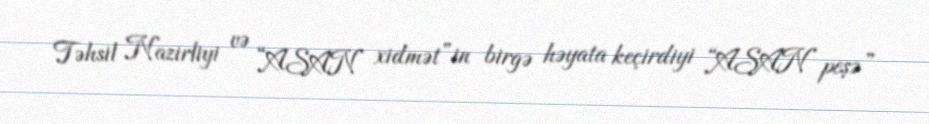
Təhsil Nazirliyi və “ASAN xidmət”in birgə həyata keçirdiyi “ASAN peşə”